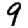
Digit: 9